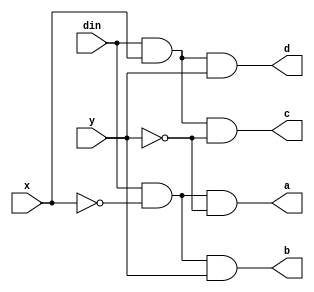
module Demux(
    output a,
    output b,
    output c,
    output d,
    input din,
    input x,
    input y
    );
		assign a = din & (~x) & (~y);
		assign b = din & (~x) & y;
		assign c = din & x & (~y);
		assign d = din & x & y;


endmodule